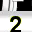
Digit: 2